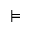
\vDash